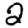
Digit: 2